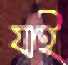
যাই